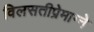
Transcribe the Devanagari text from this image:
विलसतीप्रेमाग्ने